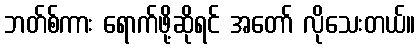
ဘတ်စ်ကား ရောက်ဖို့ဆိုရင် အတော် လိုသေးတယ်။